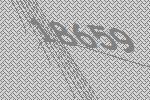
18659